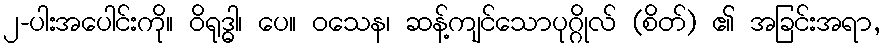
၂-ပါးအပေါင်းကို။ ဝိရုဒ္ဓါ၊ ပေ။ ဝသေန၊ ဆန့်ကျင်သောပုဂ္ဂိုလ် (စိတ်) ၏ အခြင်းအရာ,